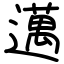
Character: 邁